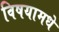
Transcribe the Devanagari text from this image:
विषयामधे